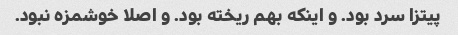
پیتزا سرد بود. و اینکه بهم ریخته بود. و اصلا خوشمزه نبود.